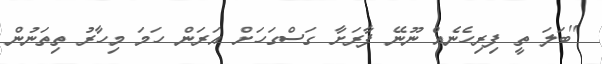
''ބަލަ ތީ ފިރިހެނެއް ނޫނޭ ފާރަށާ ގަސްގަހަށް އަރަަން ހަމަ މިހާރު ތިތަނުން